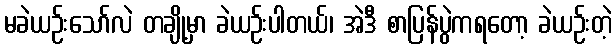
မခဲယဉ်းသော်လဲ တချို့မှာ ခဲယဉ်းပါတယ်၊ အဲဒီ စာပြန်ပွဲကရတော့ ခဲယဉ်းတဲ့